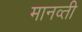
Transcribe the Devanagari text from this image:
मानव्ती